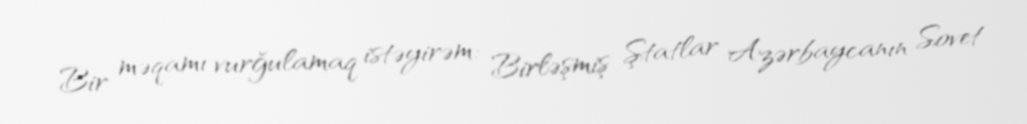
Bir məqamı vurğulamaq istəyirəm: Birləşmiş Ştatlar Azərbaycanın Sovet